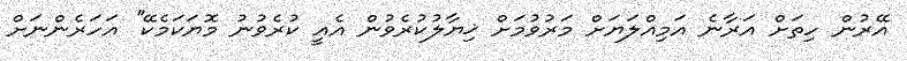
އޭރުން ހިތަށް އަރާނެ އަމިއްލަޔަށް މަރުވުމަށް ޚިޔާލުކުރެވުން އެއީ ކުރެވުނު މޮޔަކަމެކޭ'' އަހަރެންނަށް